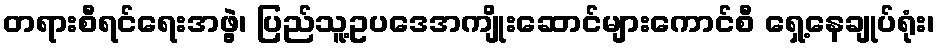
တရားစီရင်ရေးအဖွဲ့၊ ပြည်သူ့ဥပဒေအကျိုးဆောင်များကောင်စီ ရှေ့နေချုပ်ရုံး၊